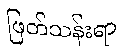
ဖြတ်သန်းရာ